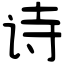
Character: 诗